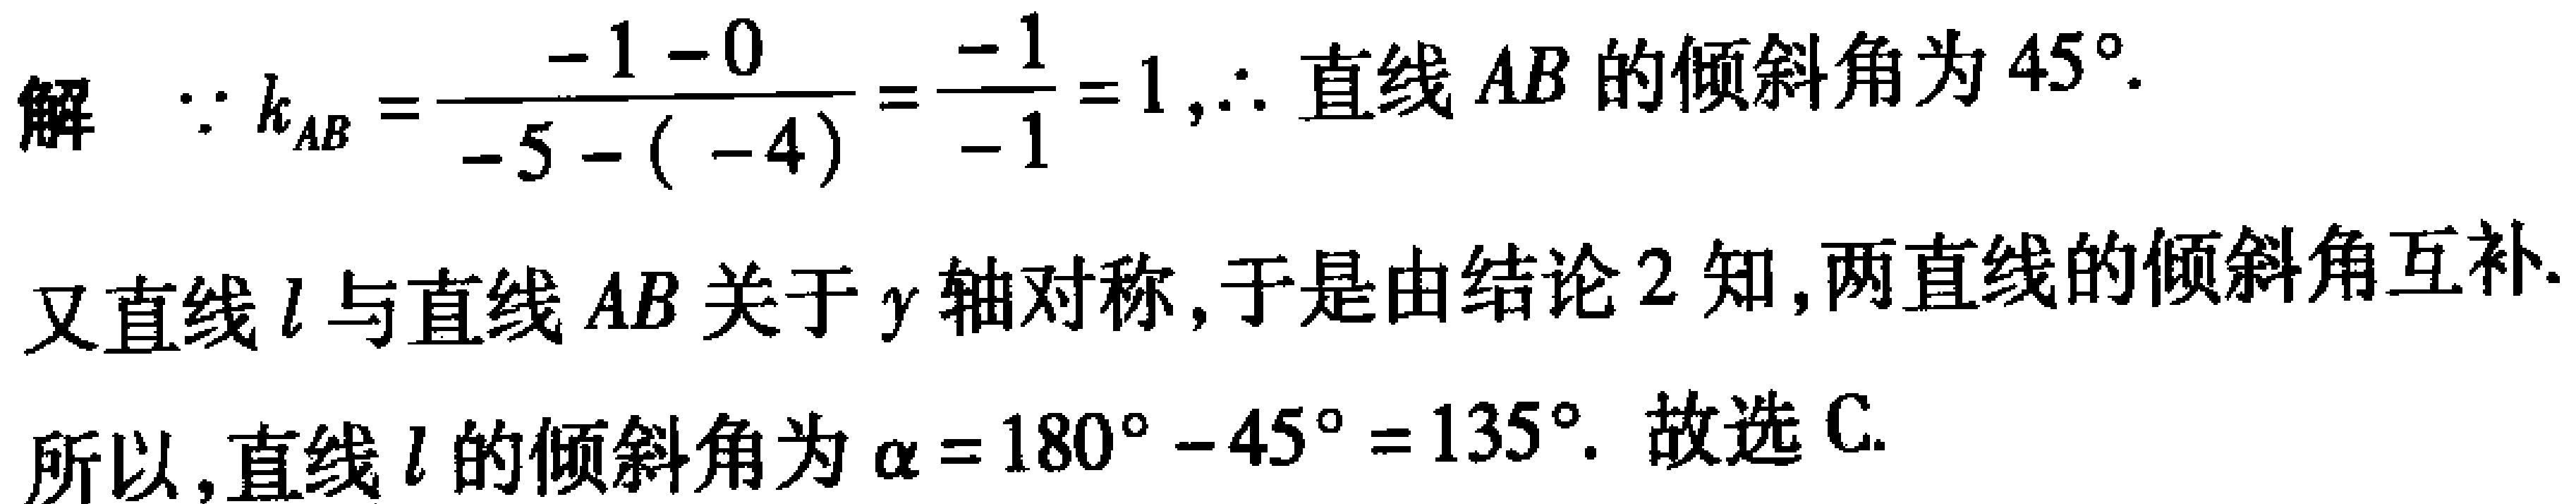
解  $\because k_{AB}=\frac{-1 - 0}{-5 - (-4)}=\frac{-1}{-1}=1,\therefore$ 直线 $AB$ 的倾斜角为 $45^{\circ}$.
又直线 $l$ 与直线 $AB$ 关于 $y$ 轴对称, 于是由结论 2 知,两直线的倾斜角互补.
所以,直线 $l$ 的倾斜角为 $\alpha = 180^{\circ}-45^{\circ}=135^{\circ}$. 故选 C.